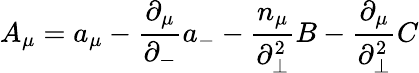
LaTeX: A_{\mu}=a_{\mu}-\frac{{\partial}_{\mu}}{{\partial}_{-}}a_{-}-\frac{n_{\mu}}{{\partial}_{\bot}^{2}}B-\frac{{\partial}_{\mu}}{{\partial}_{\bot}^{2}}C